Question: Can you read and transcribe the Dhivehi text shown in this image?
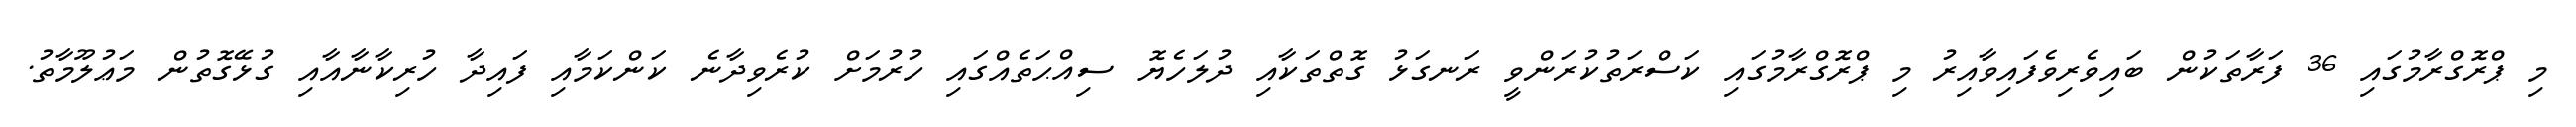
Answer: މި ޕްރޮގްރާމުގައި 36 ފަރާތަކުން ބައިވެރިވެފައިވާއިރު މި ޕްރޮގްރާމުގައި ކަސްރަތުކުރަންވީ ރަނގަޅު ގޮތްތަކާއި ދުލަހެޔޮ ސިއްޙަތެއްގައި ހުރުމަށް ކުރެވިދާނެ ކަންކަމާއި ފައިދާ ހުރިކާނާއާއި ގުޅޭގޮތުން މަޢުލޫމާތު.